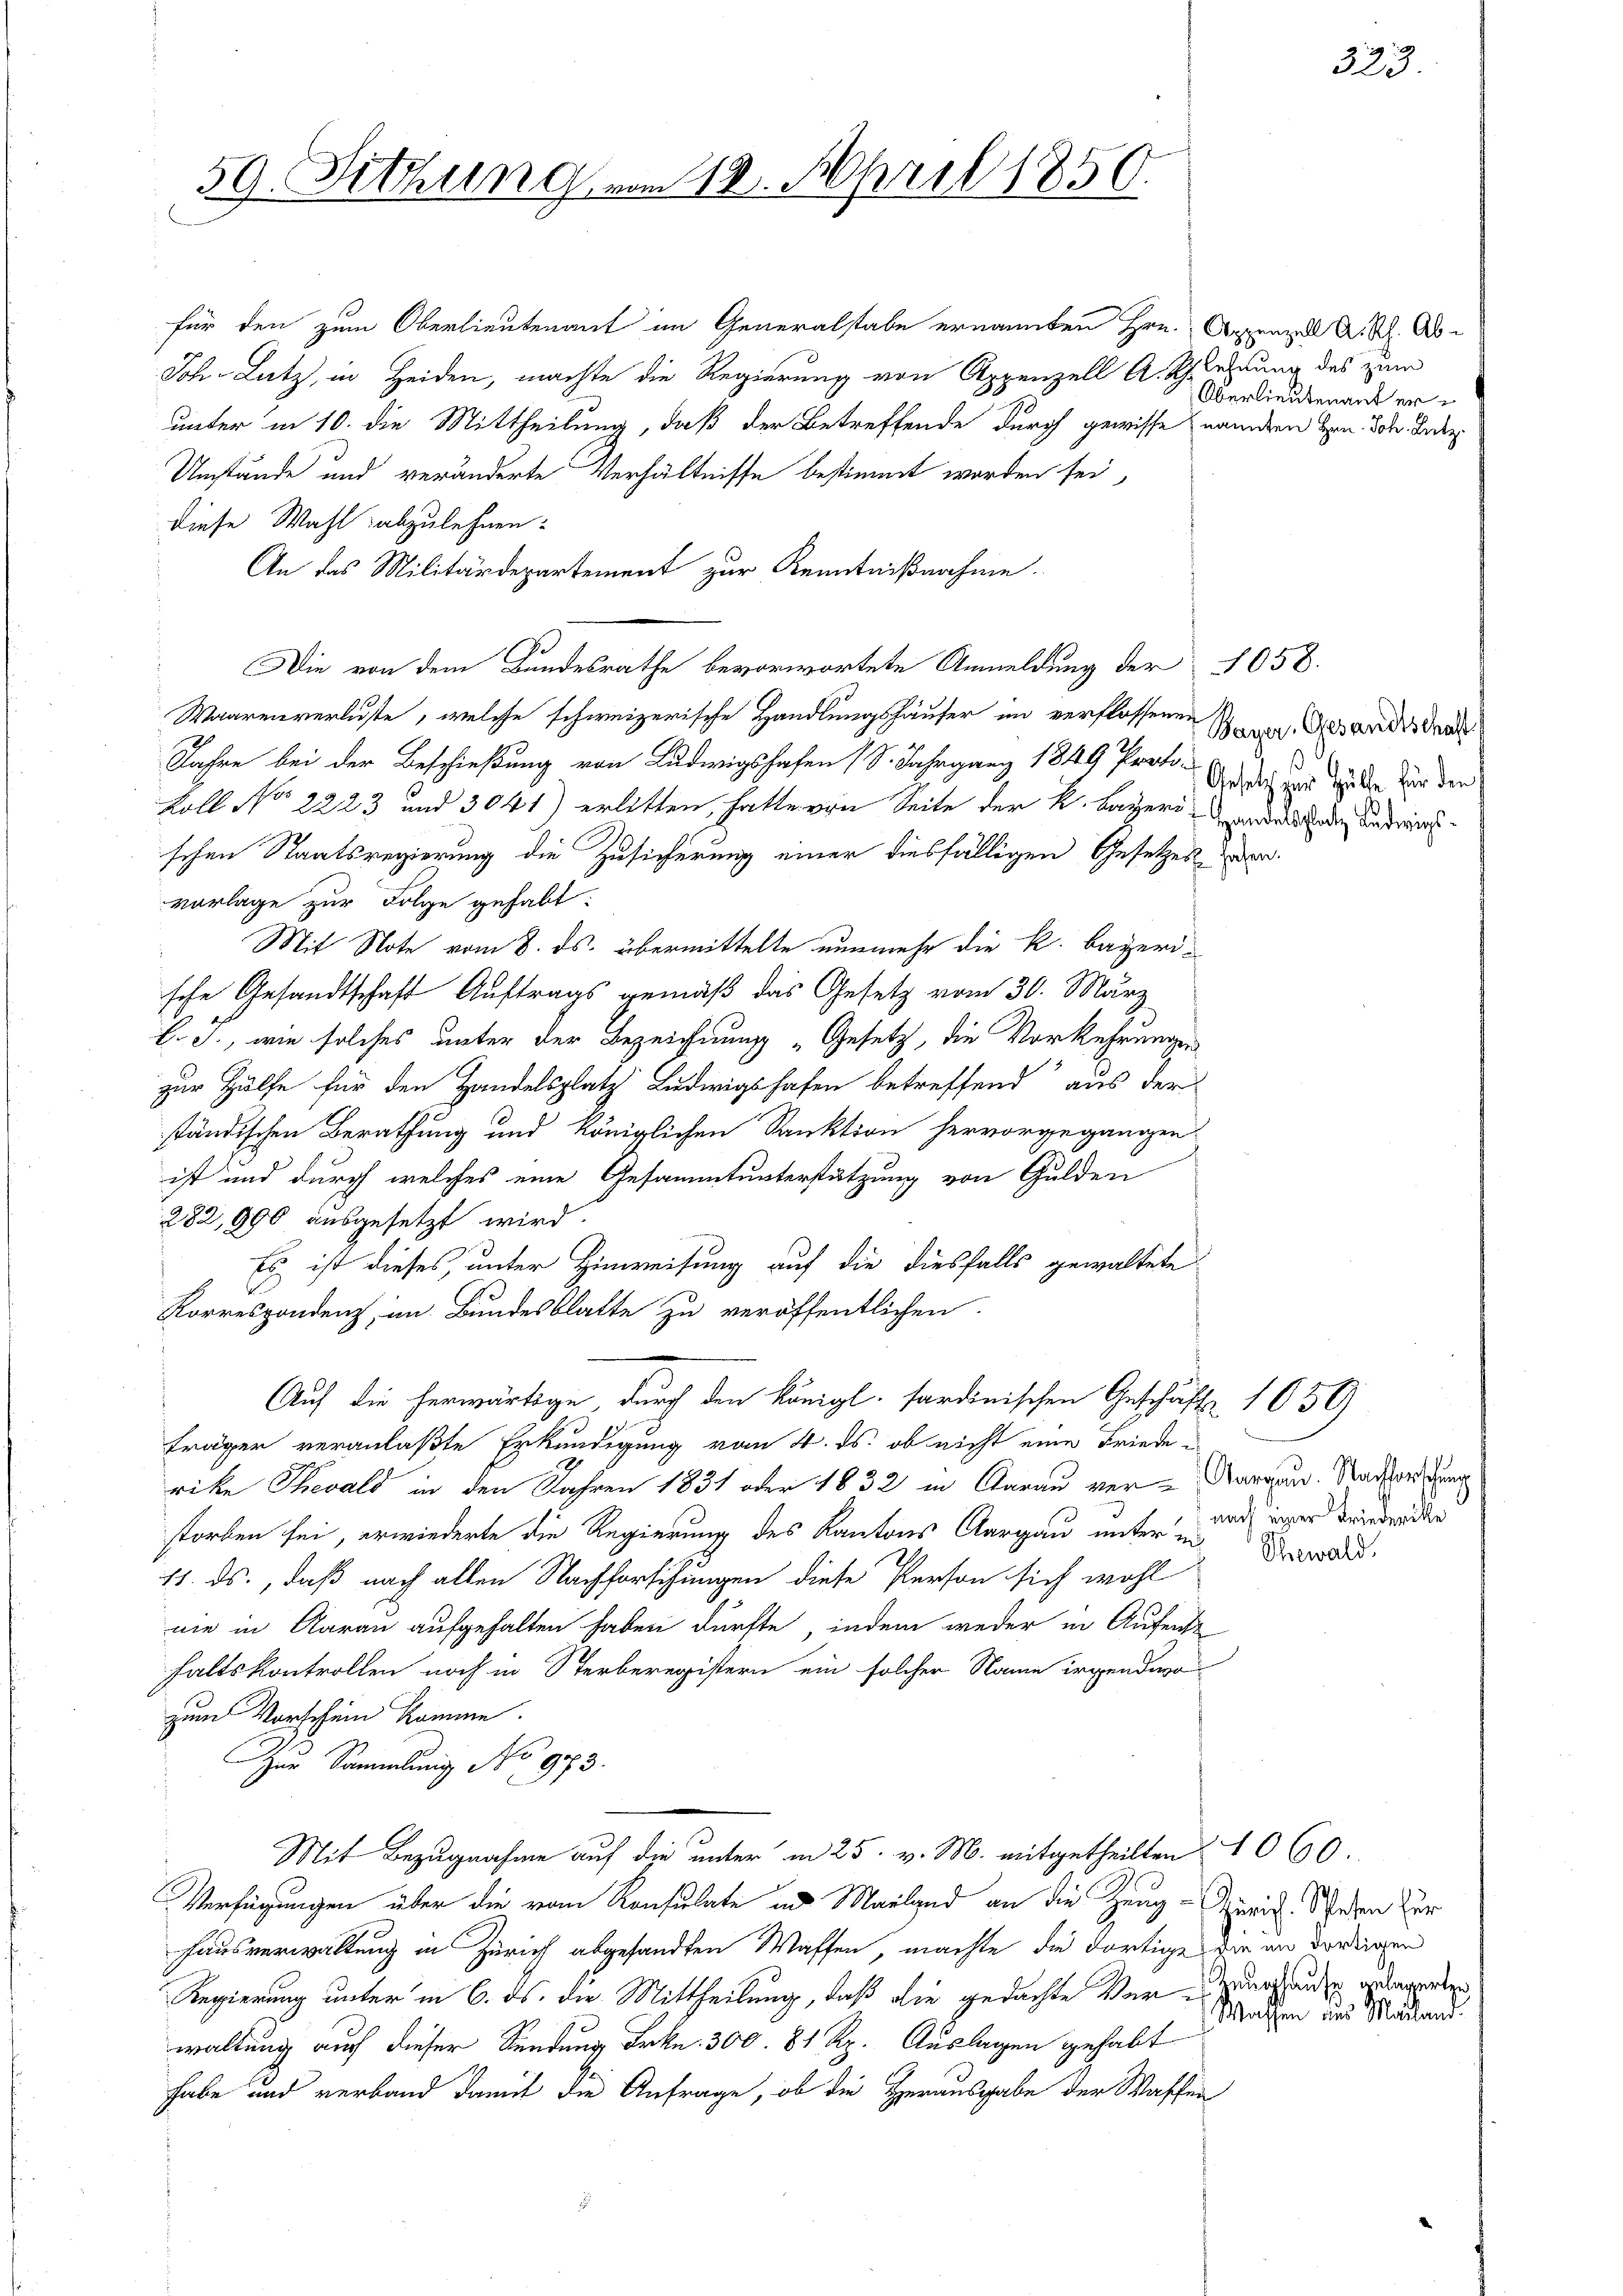
59. Sitzung vom 12. April 1850.

für den zum Oberlieutenant im Generalstabe ernannten Hrn. Appenzell A. Rh. Ab¬
Joh. Latz, in Heiden, machte die Regierung von Appenzell A. Schlehrung des zum
unter in 10. die Mittheilung, daß der Betreffende durch gewisse anden Hrn. Joh. Dabe
Umstände und veränderte Verhältnisse bestimmt worden sei,
diese Wahl abzulehnen:
An das Militärdepartement zur Kenntnißnahme.
Die von dem Bundesrathe bevorwortete Anmeldung der 1058.
Waarenverluste, welche schweizerische Handlungshäuser im verflossenen
Jahre bei der Beschießung von Ludwigshafen (S. Jahrgang 1849 Proto-
Loll No 2223 und 3041) erlitten, hatte von Seite der K. Bayeriode die Andrinschen Staatsregierung die Zusicherung einer diesfälligen Gesetzes der
vorlage zur Folge gehabt:
Mit Note vom 8. ds. übermittelte nunmehr die k. bayerische Gesandtschaft Auftrags gemäß das Gesetz vom 30. März
l. J., wie solches unter der Bezeichnung „Gesetz, die Vorkehrungen
h
zur Hülfe für den Handelsplatz Ludwigshafen betreffend aus der
ständischen Berathung und königlichen Sanktion hervorgegangen,
ist und durch welches eine Gesammtunterstützung von Gulden
282,990 ausgesetzt wird.
Es ist dieses, unter Hinweisung auf die diesfalls gewaltete
Korrespondenz, im Bundesblatte zu veröffentlichen
Auf die herwärtige, durch den königl. sardinischen Geschäfte 1050
fräger veranlaßte Erkundigung vom 4. ds. ob nicht eine Friederike Thevald in den Jahren 1831 oder 1832 in Aarau ver- Margau. Nachwederung
storben sei, erwiederte die Regierung des Kantons Aargau unter auf eiger verdre der
11. ds., daß nach allen Nachforschungen diese Person sich wohl
nie in Aarau aufgehalten haben dürfte, indem weder in Aufent
haltskontrollen noch in Sterberegistern ein solcher Name irgendevo
zum Vorschein komme.
ur Sammlung No 983.
Mit Bezugnahme auf die unter in 25. v. M. mitgetheilten
Verfügungen über die vom Konsulate in Mailand an die Zeug- Zürich. Wesen zur
Hausverwaltung in Zürich abgesandten Waffen, machte die dortige die in dortigen
Regierung unter in 6. ds. die Mittheilung, daß die gedachte Verursauder anderenten
waltung auf dieser Sendung Frkn. 300. 81 Rp. Auslagen gehabt
habe und verband damit die Anfrage, ob die Herausgabe der Waffen

Überlieutenant er¬

Bayer, Gesandtschaft
Gesetz zur Hülfe für den

Thewald.

323.

1060
Wassen und Mailand.